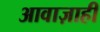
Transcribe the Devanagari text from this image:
आवाज़ाही